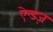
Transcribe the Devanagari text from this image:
ऐन्डज़